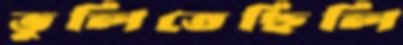
ভুলিতেছিলি